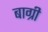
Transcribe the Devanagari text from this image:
बाग्री